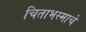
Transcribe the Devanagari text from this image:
चिताभस्माचे